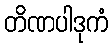
တိဏပါဒုကံ